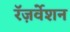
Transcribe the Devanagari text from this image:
रॅज़र्वेशन